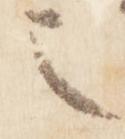
也